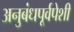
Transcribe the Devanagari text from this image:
अनुबंधपूर्वपेशी